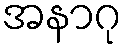
အနာဂု